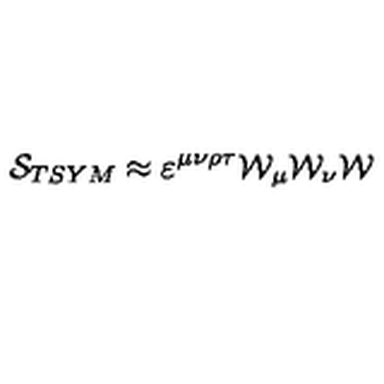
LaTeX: { \cal S } _ { T S Y M } \approx \varepsilon ^ { \mu \nu \rho \tau } { \cal W } _ { \mu } { \cal W } _ { \nu } { \cal W }